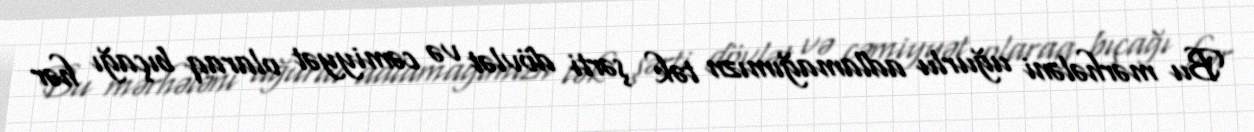
Bu mərhələni uğurlu adlamağımızn tək şərti dövlət və cəmiyyət olaraq bıçağı hər